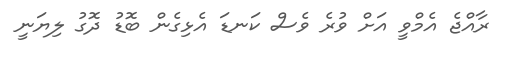
ރާއްޖެ އެމްވީ އަށް ވުރެ ވެސް ކަނޑަ އެޅިގެން ބޮޑު ދޮގު ލިޔަނީ